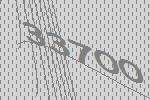
33700